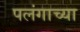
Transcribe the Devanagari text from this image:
पलंगाच्या